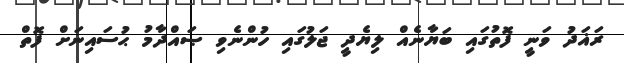
ރަޣަދު ވަނީ ފޮތުގައި ބަޔާނެއް ލިޔެދީ ޖަލުގައި ހުންނެވި ޞައްދާމު ޙުސައިނަށް ފޮތް